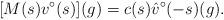
LaTeX: \begin{align*}[M(s)v^{\circ}(s)](g) = c(s) \hat{v}^{\circ}(-s)(g). \end{align*}